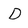
Character: D